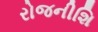
રોજનીશિ